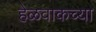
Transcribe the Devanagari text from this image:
हेळवाकच्या